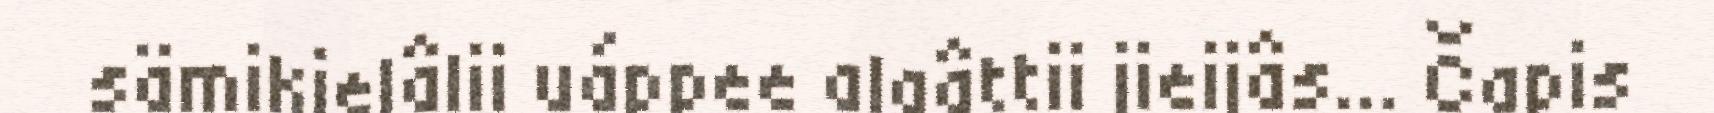
sämikielâlii uáppee algâttii jieijâs... Čapis